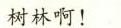
树林啊！